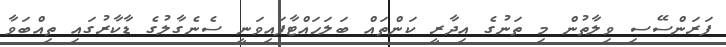
ފަރަންސޭސި ވިލާތުން މި ތަނުގެ އިދާރީ ކަންތައް ބަލަހައްޓާފައިވަނީ ސެނެގާލުގެ ޑާކާރުގައި ތިއްބަވާ